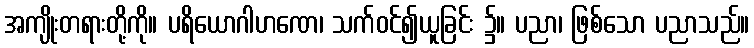
အကျိုးတရားတို့ကို။ ပရိယောဂါဟဏေ၊ သက်ဝင်၍ယူခြင်း ၌။ ပညာ၊ ဖြစ်သော ပညာသည်။